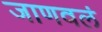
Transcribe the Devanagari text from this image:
जाणवलं